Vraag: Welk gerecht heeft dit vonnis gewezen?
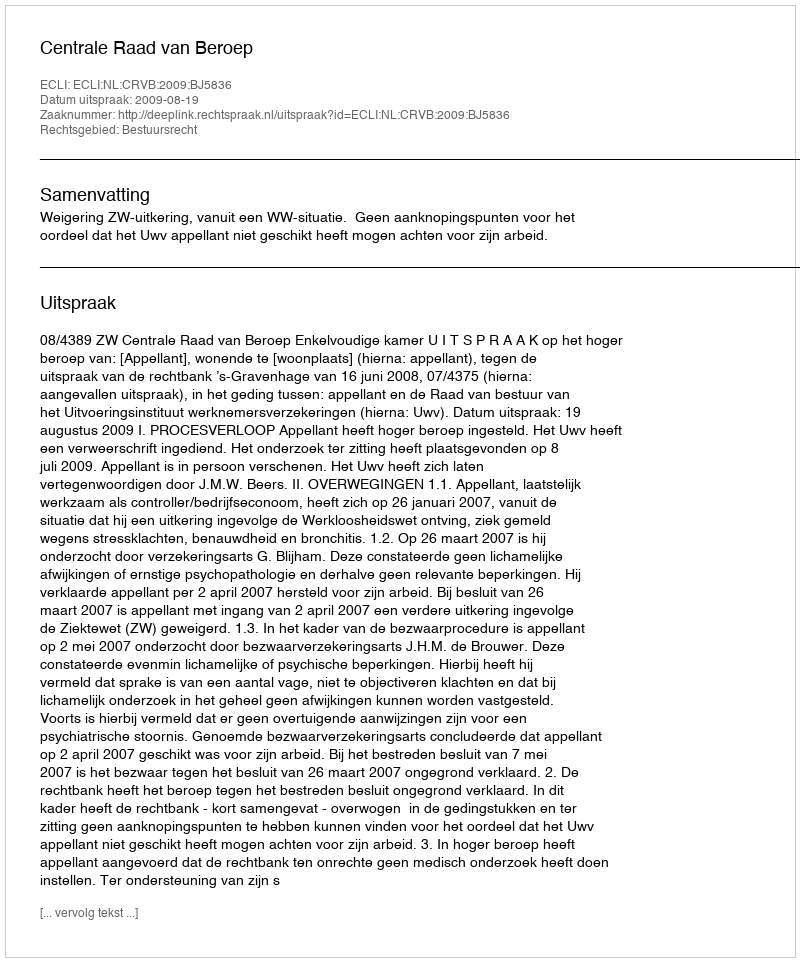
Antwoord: Centrale Raad van Beroep